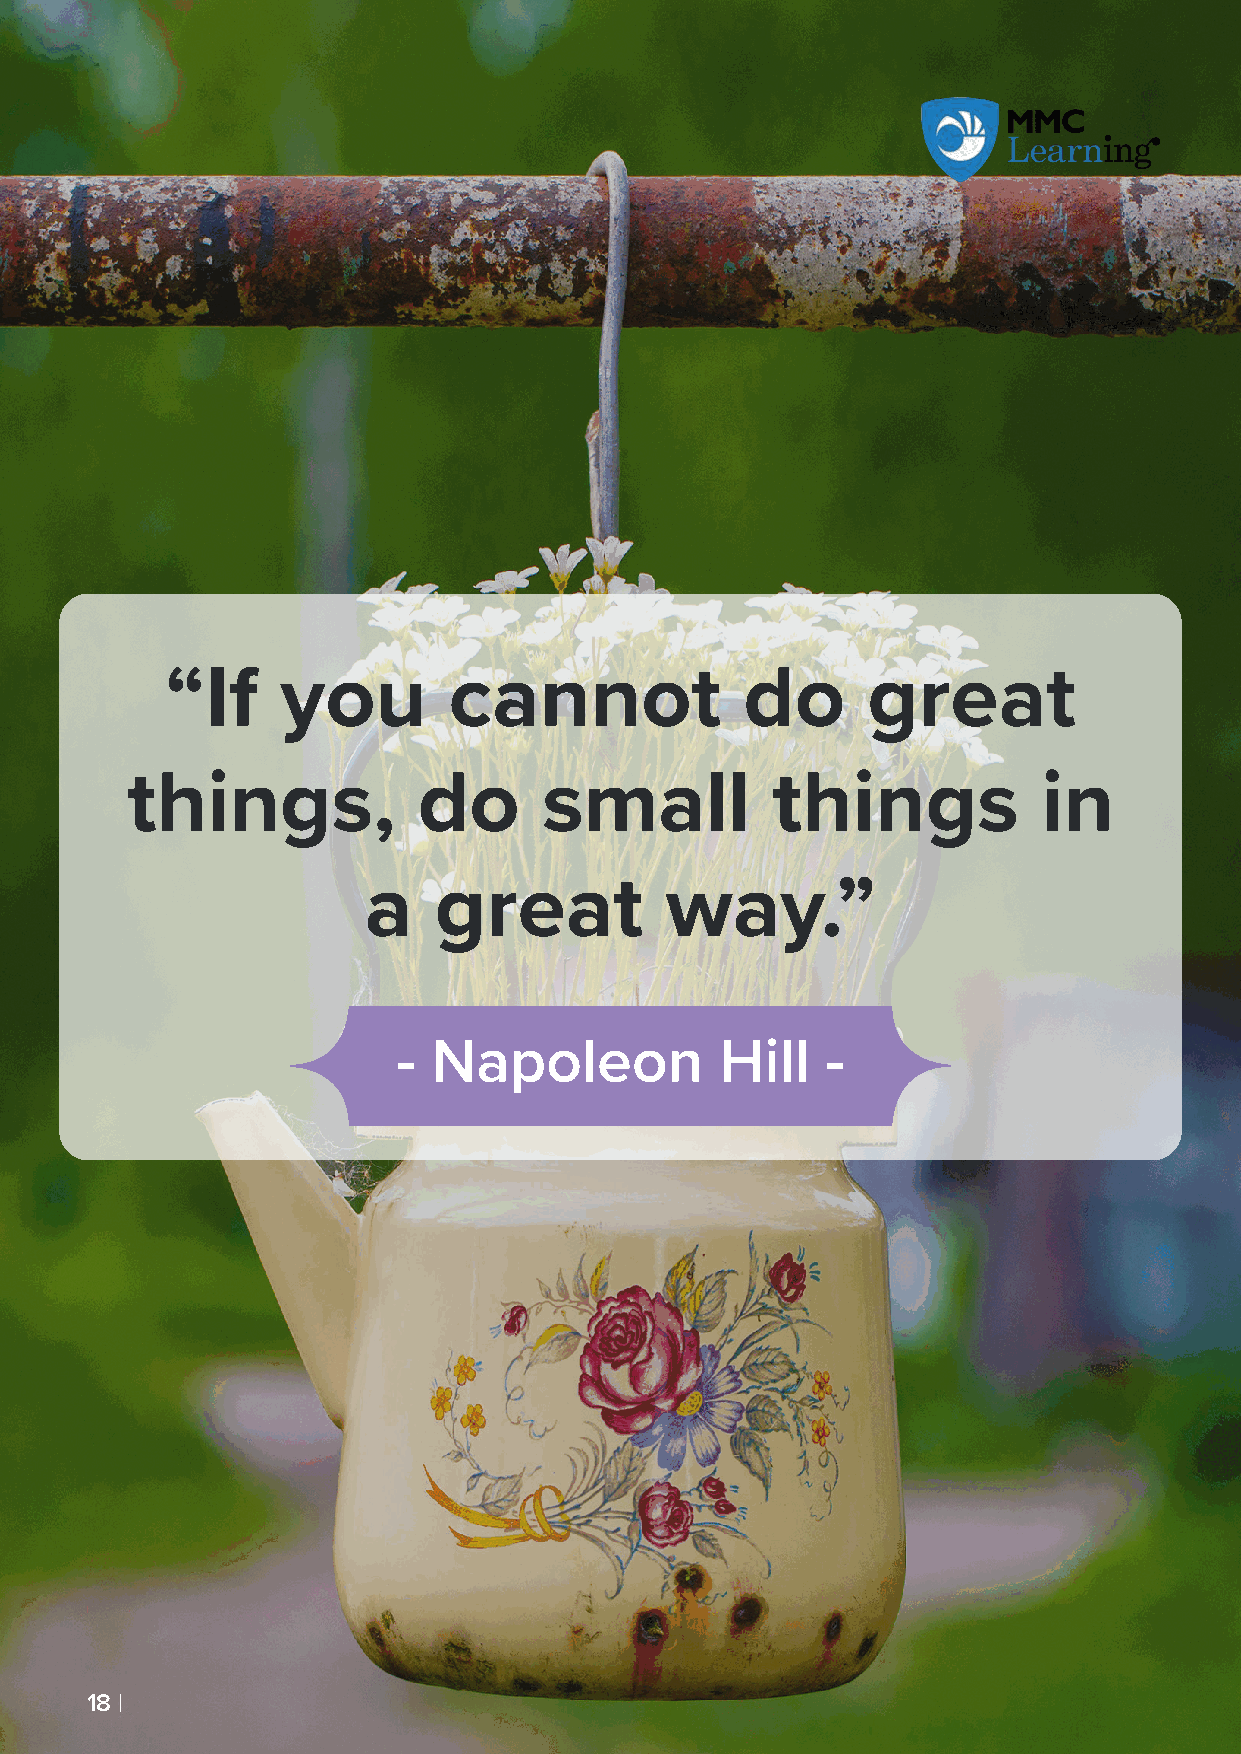
“If     you        cannot             do      great
 things,             do      small          things            in
 a    great          way.”
 -  Napoleon           Hill   -
 1188 ||